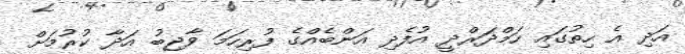
އަދި އެ ހިތުގައި ހަމްދަރްދީ އުފެދި އަންބެއްގެ ފުރިހަމަ ވާޖިބު އަދާ ކުރުމަށް